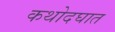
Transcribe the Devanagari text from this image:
कथोदघात